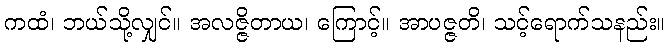
ကထံ၊ ဘယ်သို့လျှင်။ အလဇ္ဇိတာယ၊ ကြောင့်။ အာပဇ္ဇတိ၊ သင့်ရောက်သနည်း။